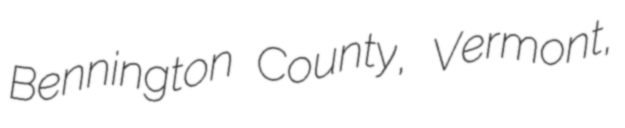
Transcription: Bennington County, Vermont,